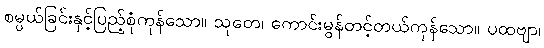
စမ္ပယ်ခြင်းနှင့်ပြည့်စုံကုန်သော။ သုတေ၊ ကောင်းမွန်တင့်တယ်ကုန်သော။ ပထဗျာ၊